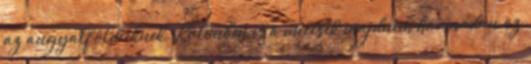
az angyalföldieknek. Különben is a meccsek majdnem harmadán az